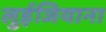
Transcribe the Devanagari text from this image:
लुईजियाना